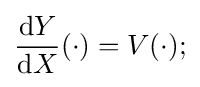
{\frac {\mathrm {d} Y}{\mathrm {d} X}}(\cdot )=V(\cdot );